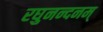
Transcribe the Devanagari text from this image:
रघुनन्दनम्‌